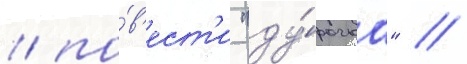
/ по́в'ест'и "ду́рочка" //